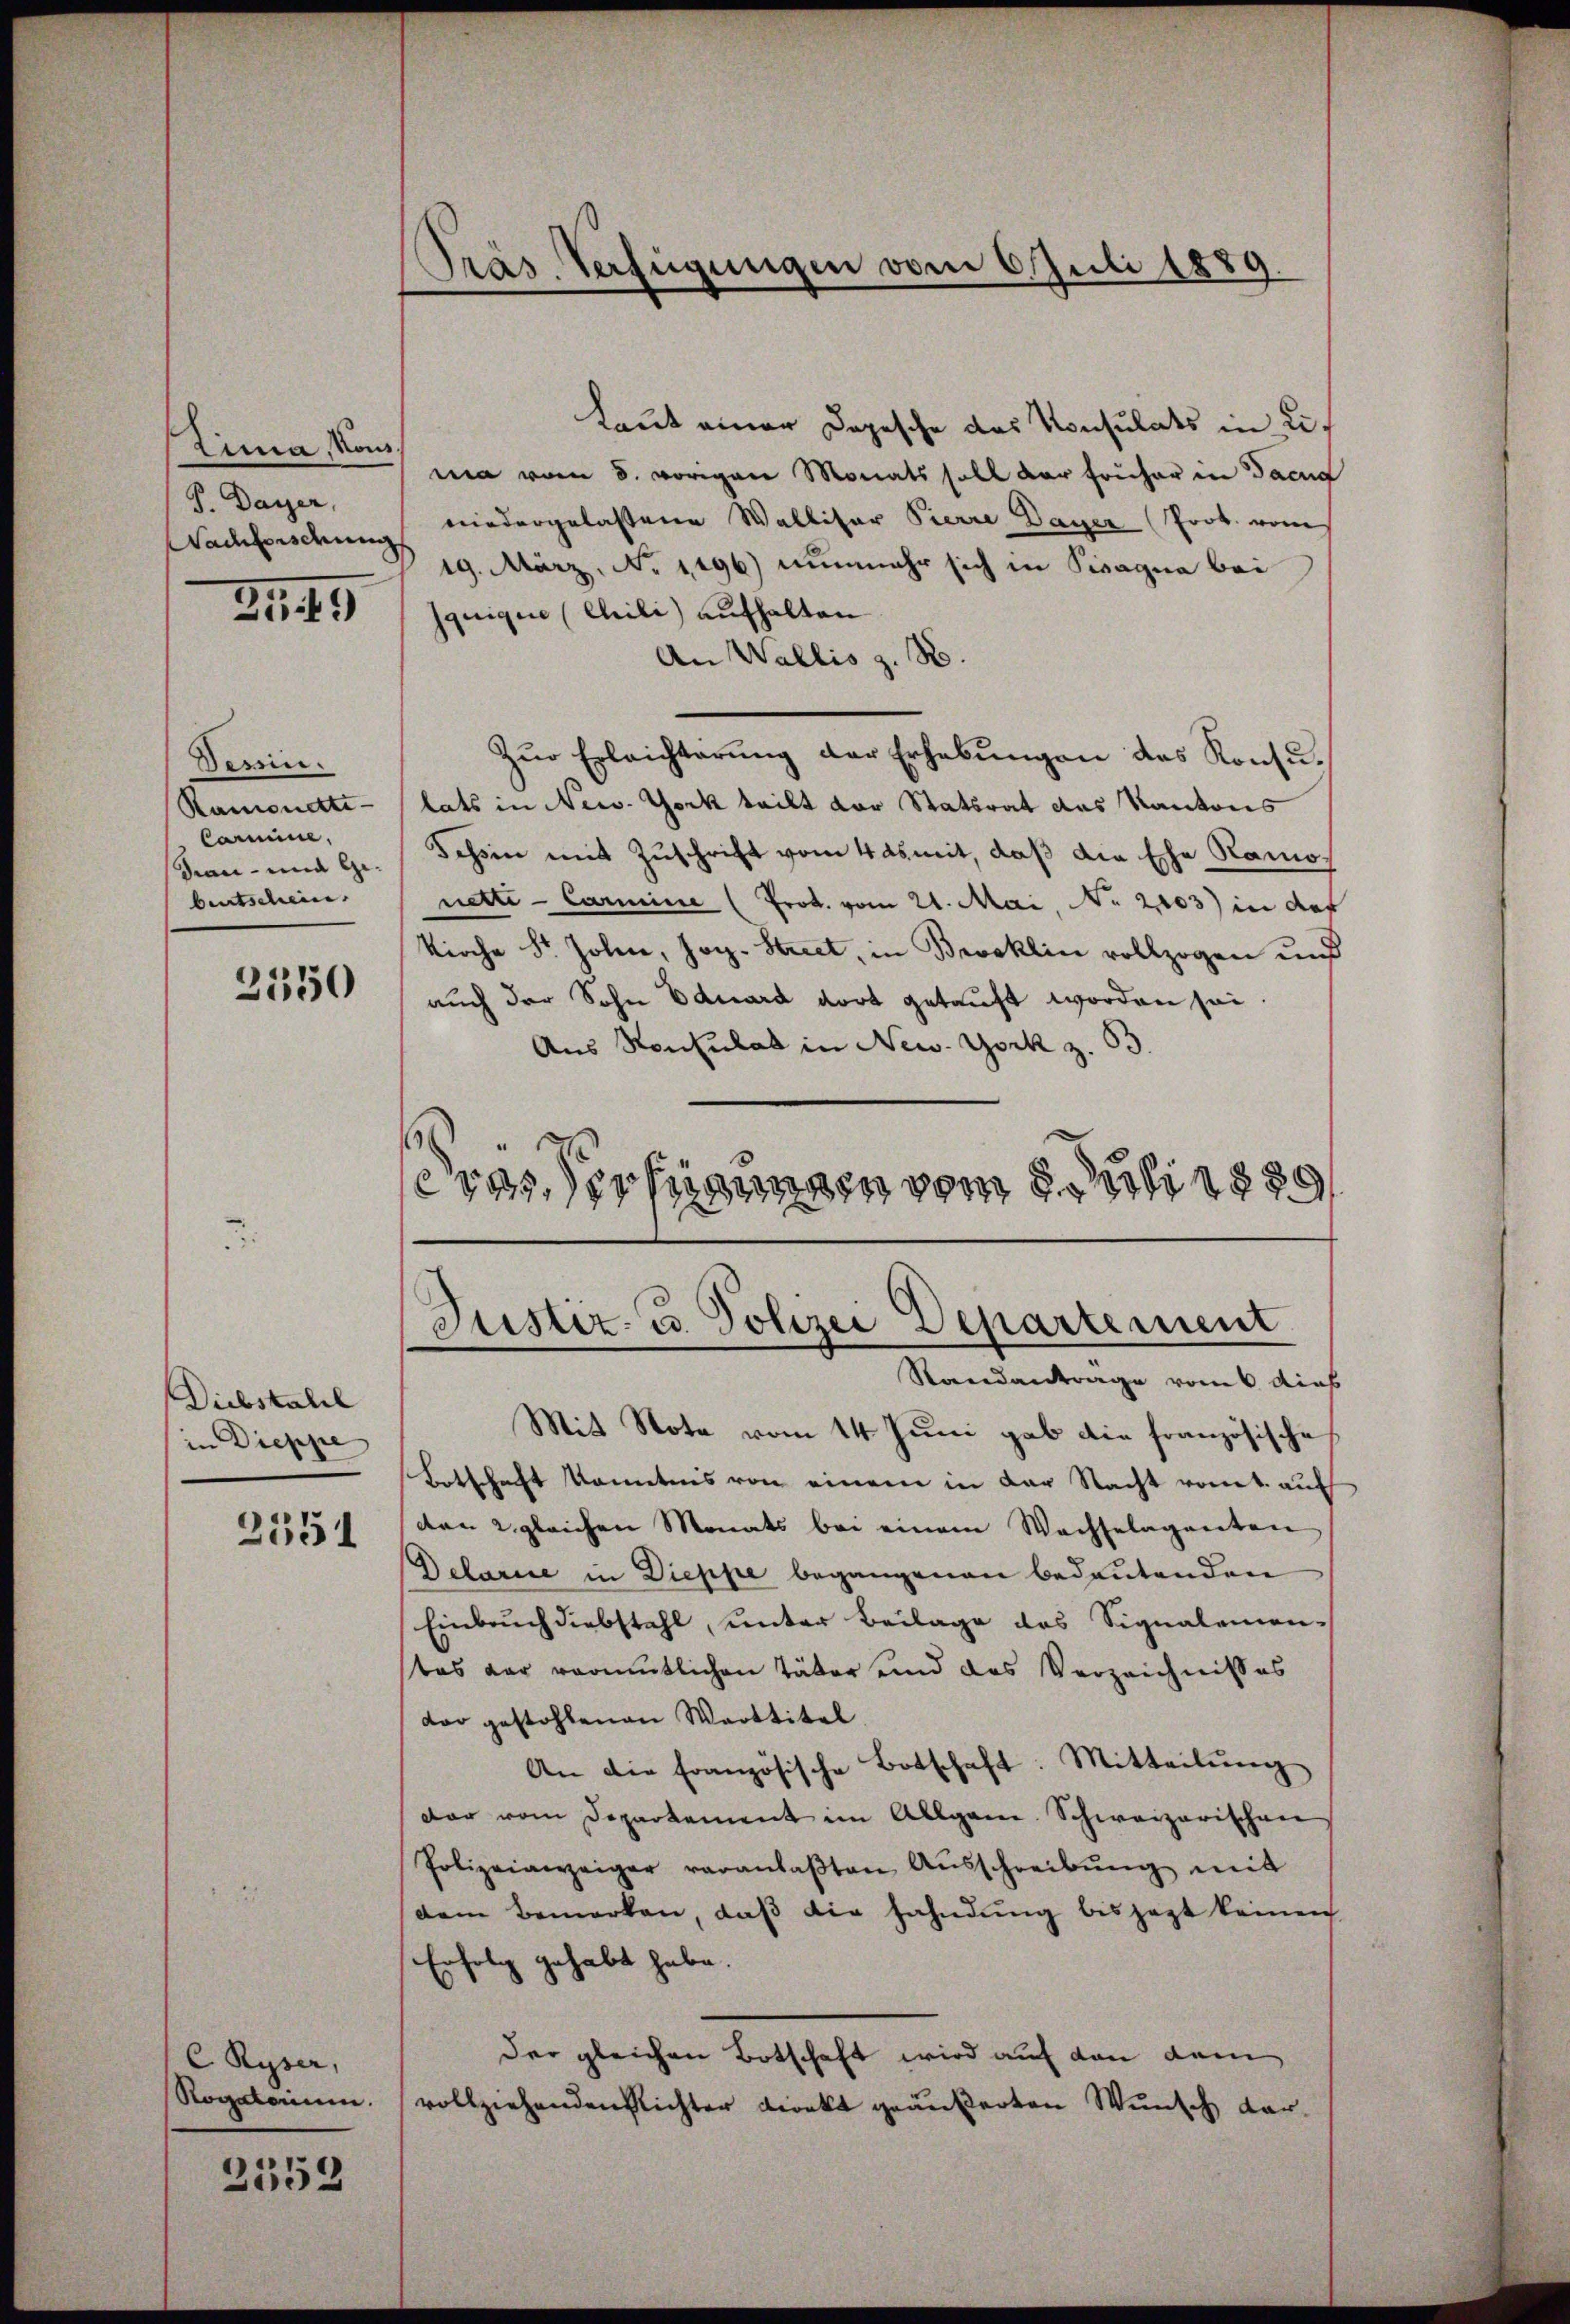
Zima, Nous.
P. Dayer,
Nachforschung

3449

Bessin.
Ramonette
Carmine.
bentschein. |

3550

Diebstall
e
in Dieppe
2551

C Ryser,
Rogekommen.

2552

Präs. Verfügungen vom 6. Juli 1889

Laut einer Depesche das Konsulats in Lic
ma vom 8. vorigen Monats soll der Früher in Tacua
niedergelassene Wallisor Pierre Dauer (Prok. vom
19. März, No 1296) nunmehr sich in Pisagna bei
jquique (Chili) aufhalten
An Wallis z. B.
Zŭr Erleichterung der Erhebungen des Konsulats in New-York teilt der Statsrat das Kantons
Fan- und Ge- Tessin mit Zuschrift vom 4 ds mit, daß die Ehe Ramonetti - Carmine (Prok. vom 21. Mai, No 2103) in daf
Kirche Sr. Jolen, Joh. Stiret, in Brooklin vollzogen und
auch der Sohn Eduard dort getauft worden sei
Aus Konsulat in New-York z. 53.
.
e cas, erfügungen vom 5. Juli 1889

Justiz- u. Polizei Departement
Standantrage vom 6. dies

Mit Note vom 14. Juni gab die französische
Botschaft Kenntnis von einem in der Nacht romt auf
den 2. gleichen Monats bei einem Wachselaganten
Delarice in Dieppe begangenen bedeutenden
Einbruch diebstahl, unter Beilage des Signalemen-
tas der vermutlichen Täter und das Verzeichnisses
dar gestohlenen Werttitel
An die Französische Botschaft: Mitteilŭng
dar vom Departement im Allgem. Schweizerischen
Polizeianzeiger veranlaβten Aŭsschreibŭng mit
dem Bemerken, daß die Fahndung bis jezt keinen
Erfolg gehabt habe.
der gleichen Botschaft wird auf den dem
vollziehenden Richter Direkt geäußerten Wunsch dar¬